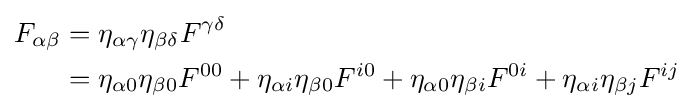
{\begin{aligned}F_{\alpha \beta }&=\eta _{\alpha \gamma }\eta _{\beta \delta }F^{\gamma \delta }\\&=\eta _{\alpha 0}\eta _{\beta 0}F^{00}+\eta _{\alpha i}\eta _{\beta 0}F^{i0}+\eta _{\alpha 0}\eta _{\beta i}F^{0i}+\eta _{\alpha i}\eta _{\beta j}F^{ij}\end{aligned}}